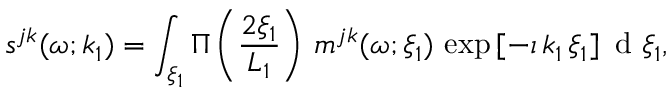
s ^ { j k } ( \omega ; k _ { 1 } ) = \int _ { \xi _ { 1 } } \Pi \left( \frac { 2 \xi _ { 1 } } { L _ { 1 } } \right) \, m ^ { j k } ( \omega ; \xi _ { 1 } ) \, \exp { [ - \imath \, k _ { 1 } \, \xi _ { 1 } ] } \, \mathrm { ~ d ~ } \xi _ { 1 } ,